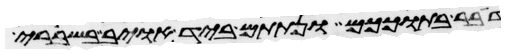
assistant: דבר בתוככם ונתתם ביד אויב בשברי